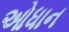
ઓધાન